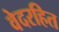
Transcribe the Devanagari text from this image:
वेदरहित